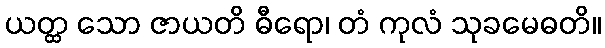
ယတ္ထ သော ဇာယတိ ဓီရော၊ တံ ကုလံ သုခမေဓတိ။